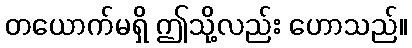
တယောက်မရှိ ဤသို့လည်း ဟောသည်။